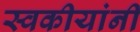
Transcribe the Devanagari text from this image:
स्वकीयांनी